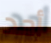
أحد